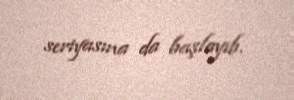
seriyasına da başlayıb.